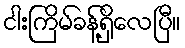
ငါးကြိမ်ခန့်ရှိလေပြီ။